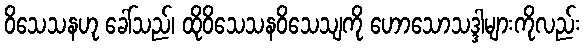
ဝိသေသနဟု ခေါ်သည်၊ ထိုဝိသေသနဝိသေသျကို ဟောသောသဒ္ဒါများကိုလည်း